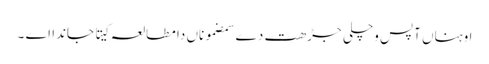
اوہناں آپس وچلی جڑھت دے سمضموناں دا مطالعہ کیتا جاندا اے ۔